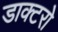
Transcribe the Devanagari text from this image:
डाक्टरो